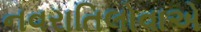
નવરાતિલોવાએ